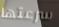
سرعتها